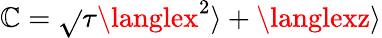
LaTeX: \mathbb{C}=\sqrt{}{{\tau}}\langlex^{2}\rangle+\langlexz\rangle